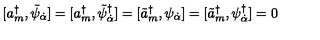
[ a _ { m } ^ { \dagger } , \tilde { \psi } _ { \dot { \alpha } } ] = [ a _ { m } ^ { \dagger } , \tilde { \psi } _ { \dot { \alpha } } ^ { \dagger } ] = [ \tilde { a } _ { m } ^ { \dagger } , \psi _ { \dot { \alpha } } ] = [ \tilde { a } _ { m } ^ { \dagger } , \psi _ { \dot { \alpha } } ^ { \dagger } ] = 0